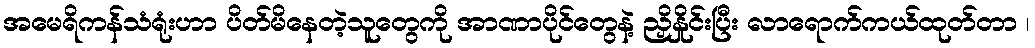
အမေရိကန်သံရုံးဟာ ပိတ်မိနေတဲ့သူတွေကို အာဏာပိုင်တွေနဲ့ ညှိနှိုင်းပြီး လာရောက်ကယ်ထုတ်တာ ၊